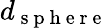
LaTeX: d_{\mathrm{~s~p~h~e~r~e~}}